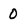
Character: 0